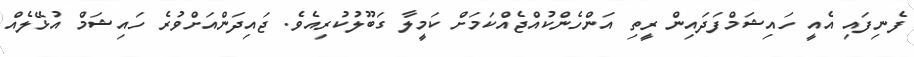
ފެނިފައި އެއީ ހައިޝަމްފަދައިން ރީތި އަންހެންކުއްޖެއްކަމަށް ކަމީލާ ގަބޫލުކުރިއެވެ. ޖައިދަންއަށްވުރެ ހައިޝަމް އުޅޭލެއް